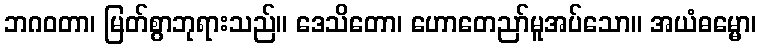
ဘဂဝတာ၊ မြတ်စွာဘုရားသည်။ ဒေသိတော၊ ဟောတေညာ်မူအပ်သော။ အယံဓမ္မော၊